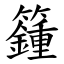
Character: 籦